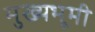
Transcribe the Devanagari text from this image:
मुख्यभूमी